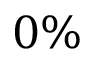
0 \%